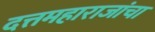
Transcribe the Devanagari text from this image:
दत्तमहाराजांचा